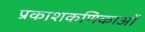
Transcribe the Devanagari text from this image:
प्रकाशकणिकाओं